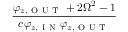
\frac { \varphi _ { z , \mathrm { ~ O ~ U ~ T ~ } } + 2 \Omega ^ { 2 } - 1 } { c \varphi _ { z , \mathrm { ~ I ~ N ~ } } \varphi _ { z , \mathrm { ~ O ~ U ~ T ~ } } }